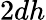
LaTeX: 2dh